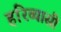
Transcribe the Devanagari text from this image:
हरिव्यासी